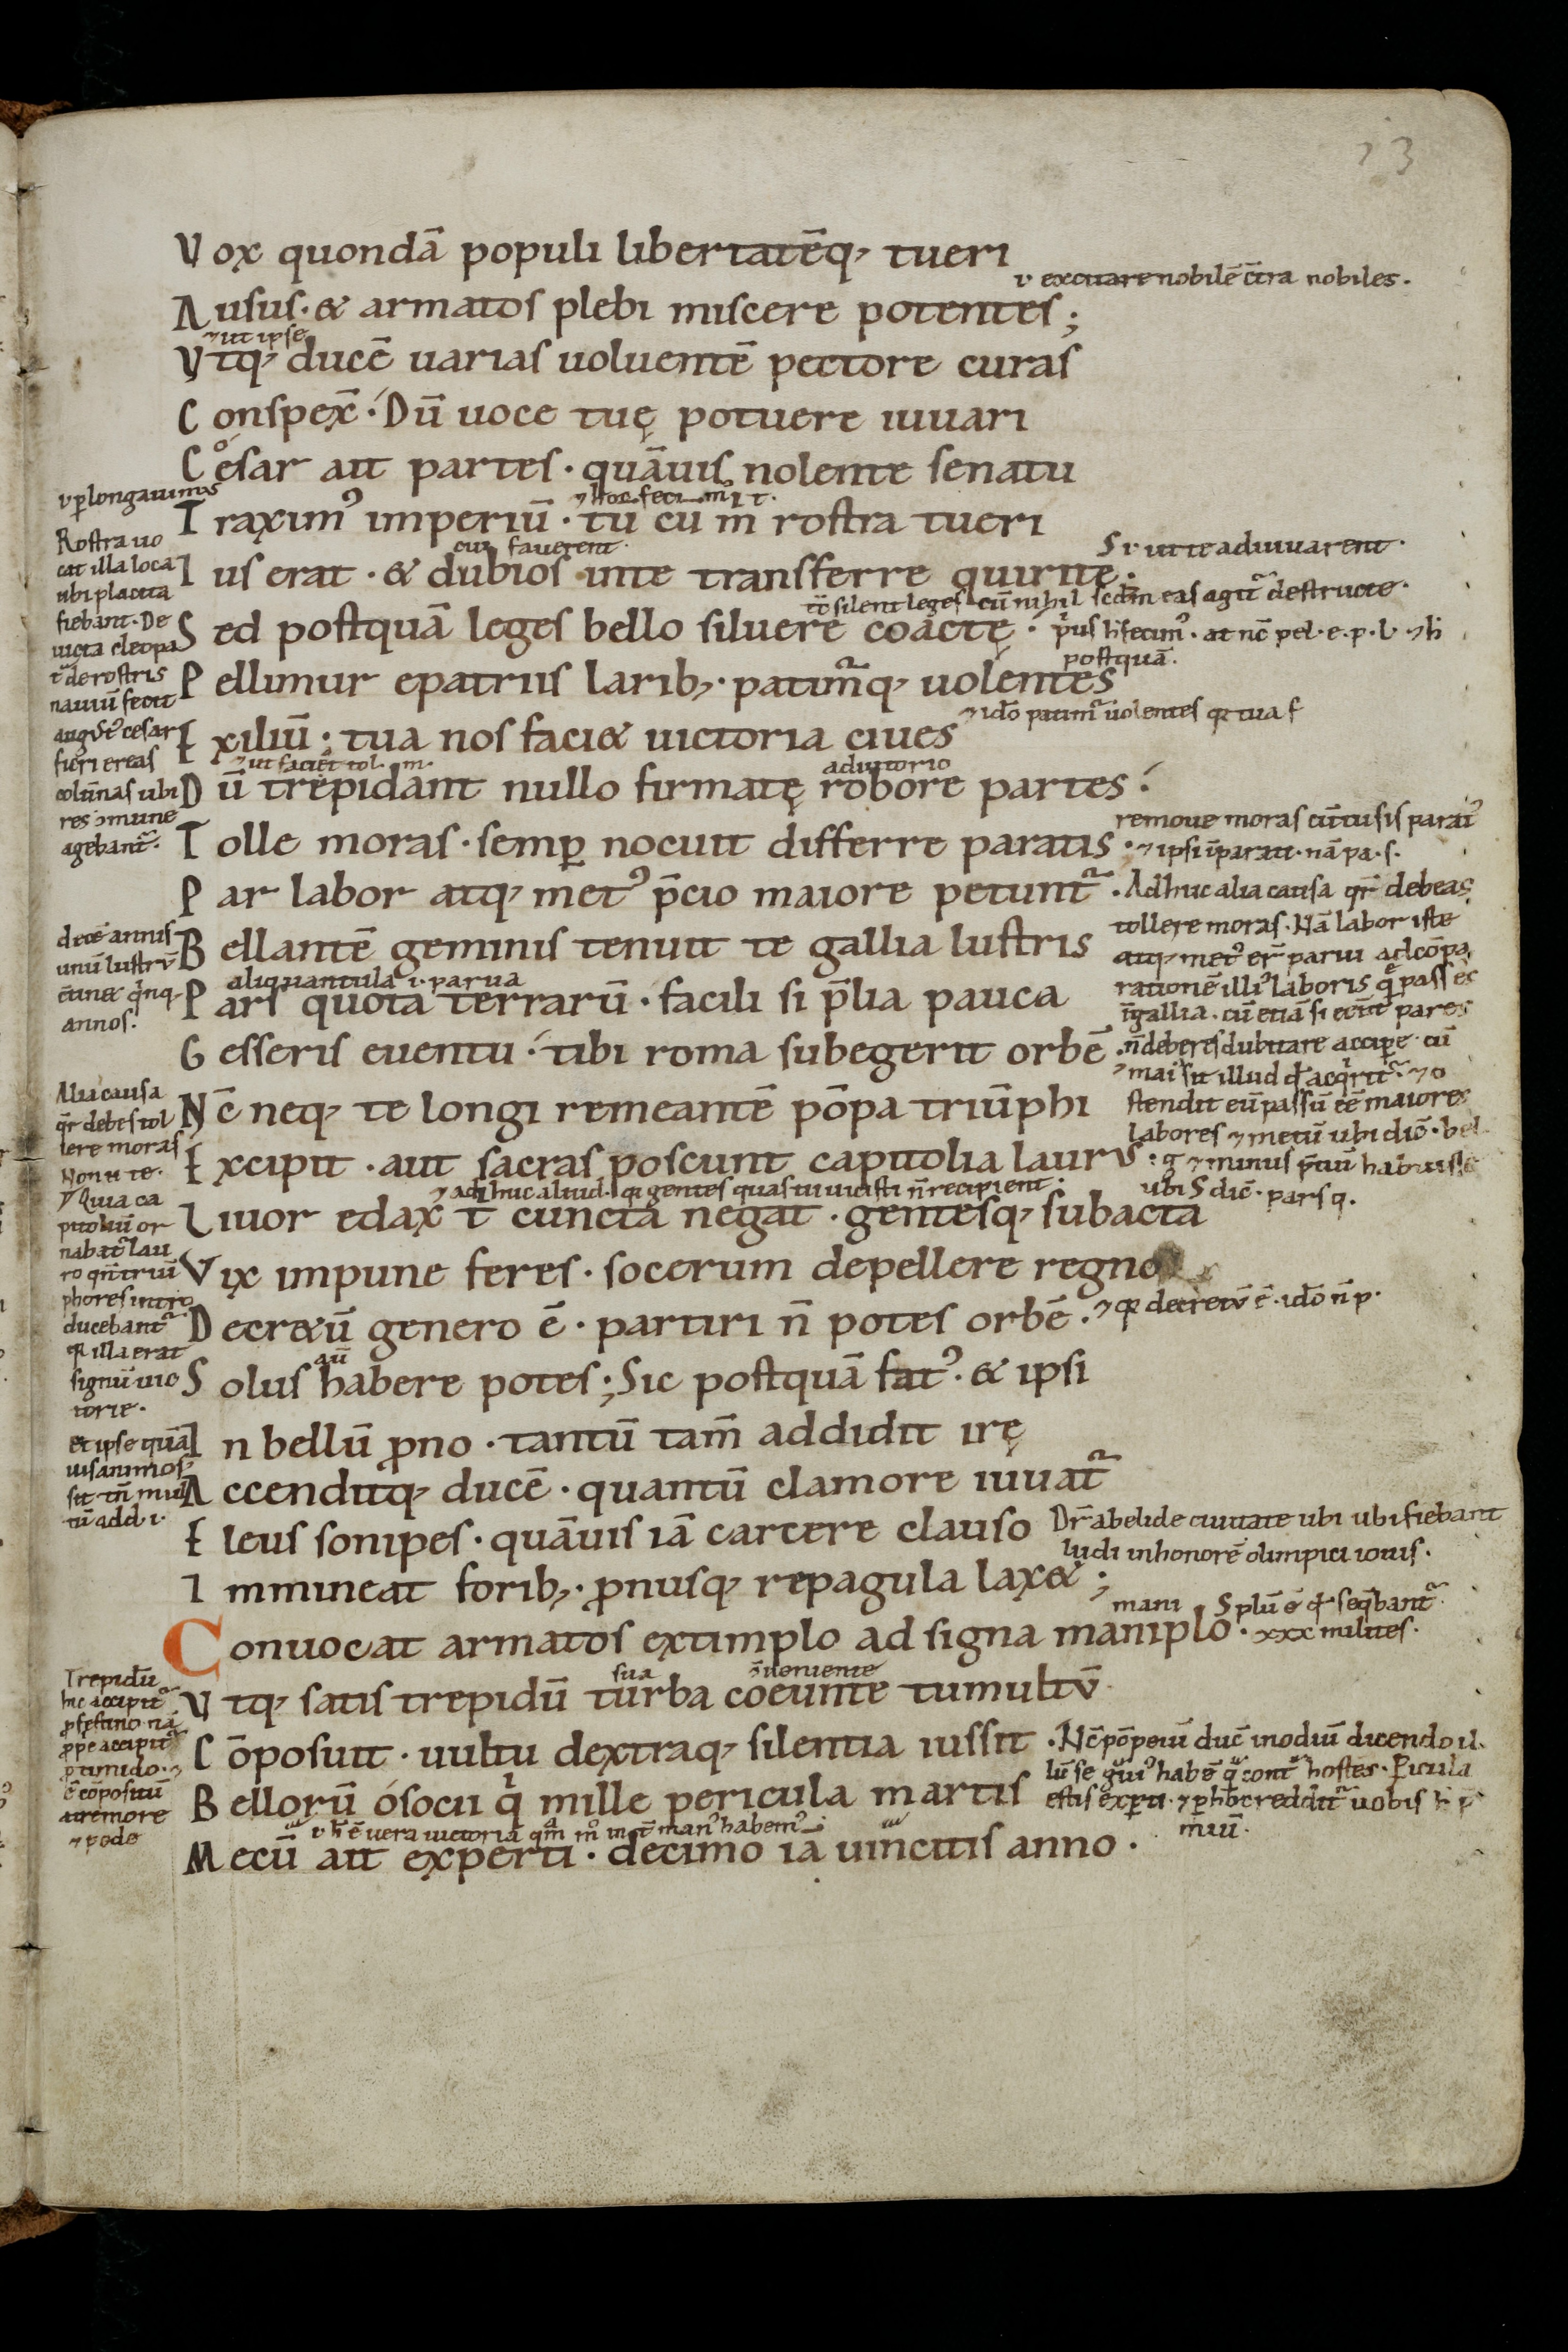
Shelfmark: St. Gallen, Stiftsbibliothek, Cod. Sang. 863
Century: 11